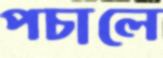
পচালে